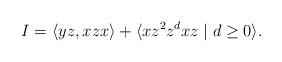
LaTeX: \begin{align*}I = \langle yz, xzx \rangle + \langle x z^2 z^d x z\mid d\geq 0 \rangle.\end{align*}